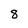
Character: 8